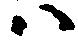
ハ